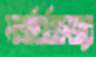
মাত্রাতিরিক্তভাবে